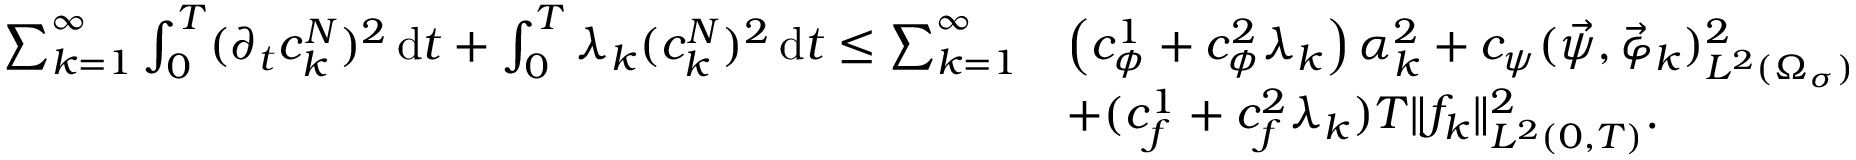
\begin{array} { r l } { \sum _ { k = 1 } ^ { \infty } \int _ { 0 } ^ { T } ( \partial _ { t } c _ { k } ^ { N } ) ^ { 2 } \, \mathrm d t + \int _ { 0 } ^ { T } \lambda _ { k } ( c _ { k } ^ { N } ) ^ { 2 } \, \mathrm d t \leq \sum _ { k = 1 } ^ { \infty } } & { \left( c _ { \phi } ^ { 1 } + c _ { \phi } ^ { 2 } \lambda _ { k } \right) \alpha _ { k } ^ { 2 } + c _ { \psi } ( \vec { \psi } , \vec { \varphi } _ { k } ) _ { L ^ { 2 } ( \Omega _ { \sigma } ) } ^ { 2 } } \\ & { + ( c _ { f } ^ { 1 } + c _ { f } ^ { 2 } \lambda _ { k } ) T \| f _ { k } \| _ { L ^ { 2 } ( 0 , T ) } ^ { 2 } . } \end{array}